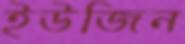
ইউজিন